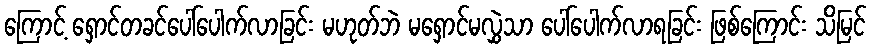
ကြောင့် ရှောင်တခင်ပေါ်ပေါက်လာခြင်း မဟုတ်ဘဲ မရှောင်မလွှဲသာ ပေါ်ပေါက်လာရခြင်း ဖြစ်ကြောင်း သိမြင်